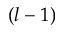
( l - 1 )